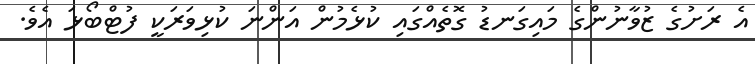
އެ ރަށުގެ ޒުވާނުންގެ މައިގަނޑު ގޮތެއްގައި ކުޅެމުން އަންނަ ކުޅިވަރަކީ ފުޓްބޯޅަ އެވެ.